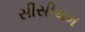
સીસીયમ